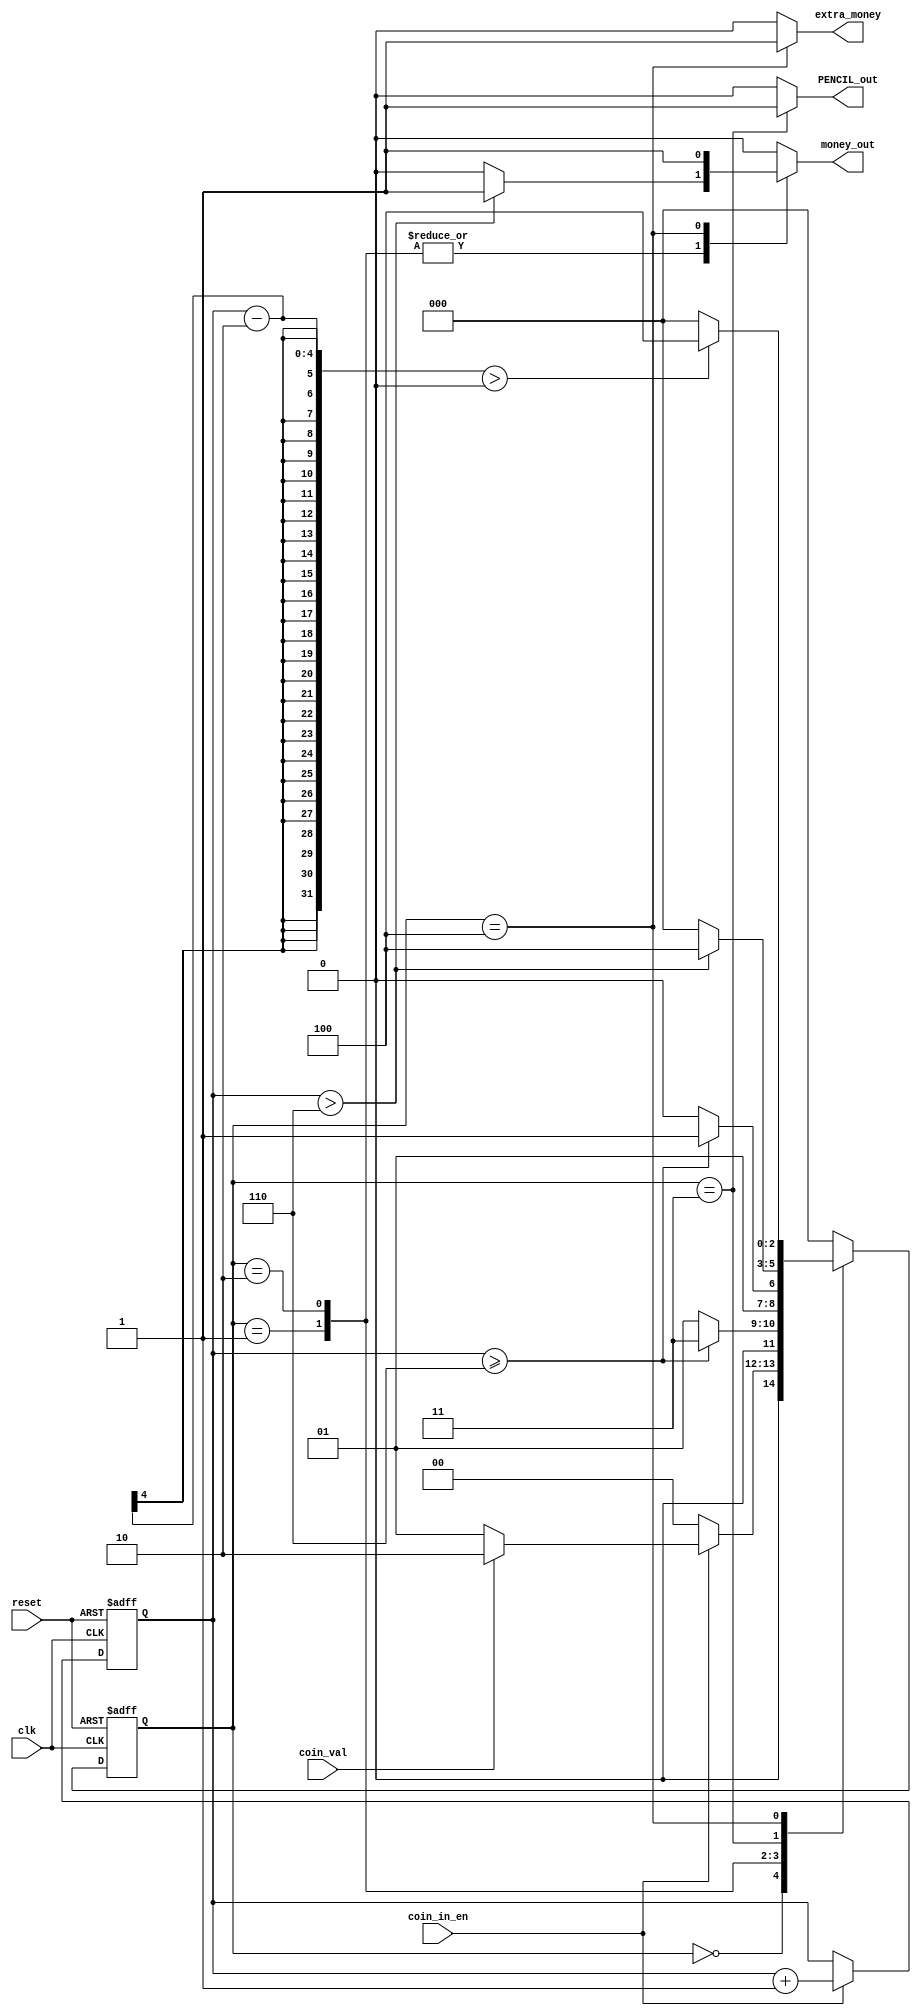
module vending_machine (clk,reset,coin_in_en,coin_val,PENCIL_out,money_out,extra_money);

input clk,reset,coin_in_en,coin_val;
output reg PENCIL_out,money_out,extra_money;

localparam IDLE = 3'b000;
localparam TWO_CENT = 3'b001;
localparam TEN_CENT = 3'b010;
localparam PENCIL = 3'b011;
localparam EXTRA_MONEY = 3'b100;

reg [2:0] current_state;
reg [2:0] next_state;
reg [3:0] acc_coins;


always @(posedge clk or negedge reset)
    begin
        if(!reset)
                current_state <= IDLE;
        else
                current_state <= next_state;
 end


  always @(posedge clk or negedge reset) 
    begin
    if (!reset) 
      acc_coins <= 4'b0000;
    else 
      if (coin_in_en) 
        acc_coins <= acc_coins + 1'b1;
      
    
  end

always @(*)
     begin
        case (current_state)
          IDLE: 
            if  (coin_in_en)
                 begin
                    if  (coin_val) 
                        next_state = TEN_CENT;
                     else 
                         next_state = TWO_CENT;
                 end        
            else
                next_state = IDLE;         
                 
           TWO_CENT:
                if  (acc_coins >= 4'b0110 )
                    next_state = PENCIL;
                else 
                    next_state = TWO_CENT;
           TEN_CENT:
                if  (acc_coins >= 4'b0110 )
                    next_state = PENCIL;
                else 
                    next_state = TEN_CENT;                    
           
           PENCIL:
                if  (acc_coins > 4'b0110 )
                next_state = EXTRA_MONEY; 
                else 
                next_state = IDLE; 
           EXTRA_MONEY:
                    if ( (acc_coins - 2) > 0)
                    next_state = EXTRA_MONEY;
                    else
                    next_state = IDLE;
            default: 
                 next_state = IDLE;
        endcase
 end   

always @(*) 
    begin
        PENCIL_out    = 1'b0;
        money_out     = 1'b0;
        extra_money   = 1'b0;        
    case (current_state)    
       IDLE: begin
          PENCIL_out    = 1'b0;
          money_out     = 1'b0;
          extra_money   = 1'b0;
       end
       TWO_CENT:begin
          PENCIL_out    = 1'b0;
          money_out     = (acc_coins > 4'b0110) ? 1'b1 : 1'b0 ;
          extra_money   = 1'b0;      end
       TEN_CENT:begin
          PENCIL_out    = 1'b0;
          money_out     = (acc_coins > 4'b0110) ? 1'b1 : 1'b0 ;
          extra_money   = 1'b0;       end
       PENCIL:begin
          PENCIL_out    = 1'b1;
          money_out     = 1'b0;
          extra_money   = 1'b0;        end
       EXTRA_MONEY: begin
          PENCIL_out    = 1'b0;
          money_out     = 1'b1;
          extra_money   = 1'b1;       
       end
        default: begin
          PENCIL_out    = 1'b0;
          money_out     = 1'b0;
          extra_money   = 1'b0;        
        end
    endcase
 end


endmodule